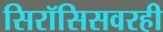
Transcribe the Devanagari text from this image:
सिरॉसिसवरही